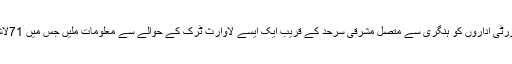
آسٹریاکے سیکیورٹی اداروں کو ہنگری سے متصل مشرقی سرحد کے قریب ایک ایسے لاوارث ٹرک کے حوالے سے معلومات ملیں جس میں 71لاشیں موجود تھیں۔